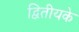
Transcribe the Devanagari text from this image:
द्वितीयके